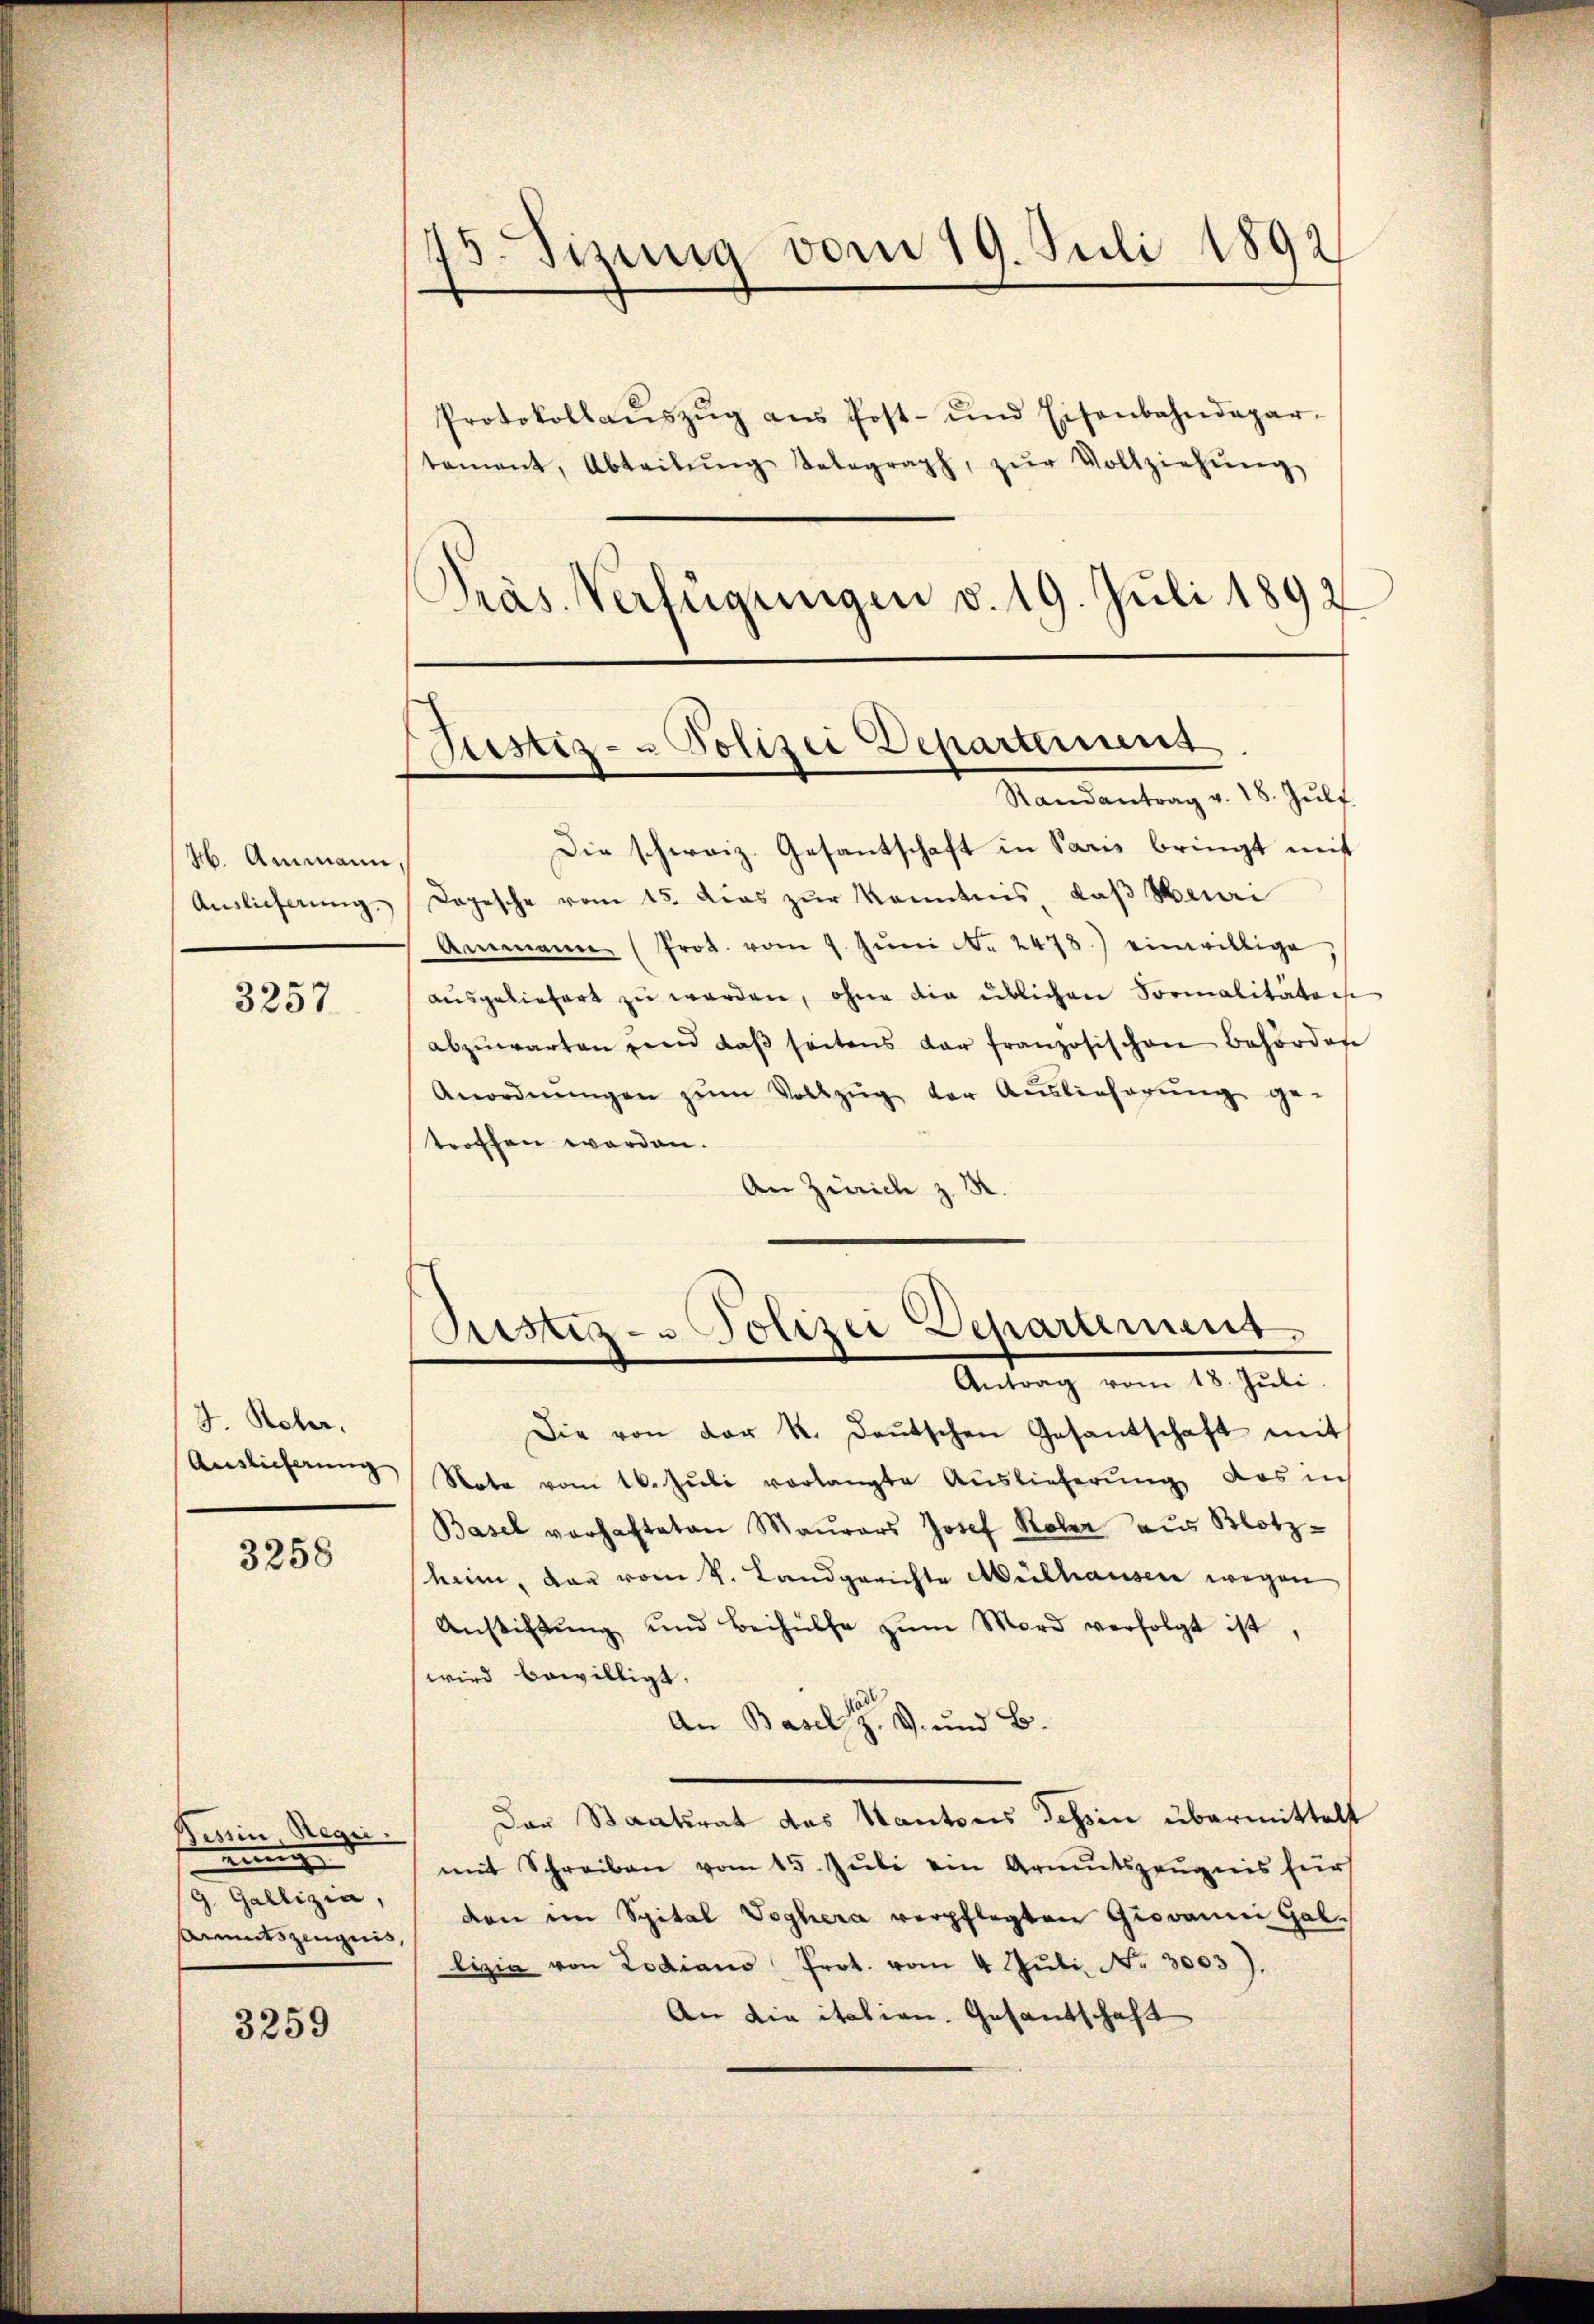
H. Ammann,
Auslieferung.

3257

4 Reber,
Auslieferung

3258

sin Regii.
nung
g. Gallizia,
mutszeugnis

3259

75. Sizung vom 19. Juli 1892

Justiz- & Polizei Departerius
Randantrag v. 18. Jŭli

Die schweiz. Gesantschaft in Paris bringt mit
Dogesche vom 15. Das zur Kenntnis, das Meuri
Ammann (Prot. vom 7. Jŭni Nr. 2478.) einwillige
ausgeliefert zŭ werden, ohne die üblichen Formalitäten
abzŭwarten und daβ seitens dar französischen Behörden
Anordnŭngen zŭm Vollzŭg der Auslieferŭng ge-
troffen worden.
An Zürich z. R.
Die von der k. deŭtschen Gesantschaft mit
Nota vom 16. Juli vorlangte Auslieferung das in
Basel verhafteten Maŭrers Josef Rober aus Klotz-
heim, dar vom 4. Landgerichte Mülhauser wegen
Anstiftŭng und Beihülfe zŭm Mord verfolgt ist
wird bewilligt.
An Basel, und B.
Der Staatsrat des Kantons Tessin übermittelt
mit Schreiben vom 15. Jŭli ein Armutszeŭgnis für
den im Spital Voghera verpflegten Giovanni Gallizia von Lodiano Prot. vom 4. Jŭli Nr. 3003).
An die itation. Gesandschaft

Protokollaŭszŭg aŭs Post- und Eisenbahndepar-
tament, Abteilŭng Telegraph, zŭr Vollziehŭng
Präs. Verfügungen v. 19. Juli 1892

Ristig - Polizei Departement.
Antrag vom 18. Jŭli